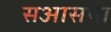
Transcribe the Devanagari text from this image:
सआसपा